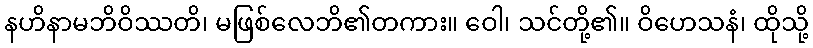
နဟိနာမဘိဝိဿတိ၊ မဖြစ်လေဘိ၏တကား။ ဝေါ၊ သင်တို့၏။ ဝိဟေသနံ၊ ထိုသို့